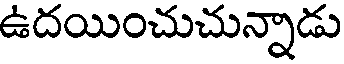
ఉదయించుచున్నాడు